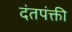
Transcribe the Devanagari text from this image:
दंतपंक्ती